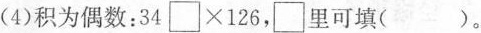
(4)积为偶数：$$3 4 \Box \times 1 2 6$$，\Box里可填()。